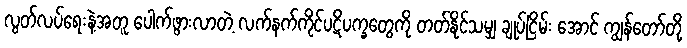
လွတ်လပ်ရေးနဲ့အတူ ပေါက်ဖွားလာတဲ့ လက်နက်ကိုင်ပဋိပက္ခတွေကို တတ်နိုင်သမျှ ချုပ်ငြိမ်း အောင် ကျွန်တော်တို့